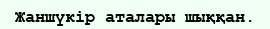
Жаншүкір аталары шыққан.